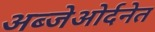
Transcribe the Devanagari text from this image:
अब्जेओर्दनेत